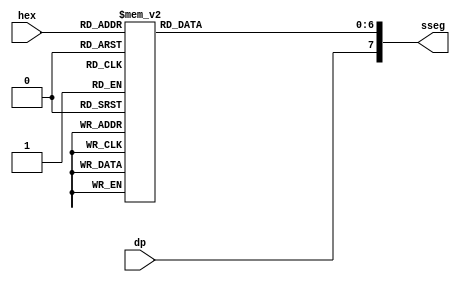
// Hexadecimal digit to seven-segment display LED decoder

module hex_to_sseg
    (
    input wire[3:0] hex,
    input wire      dp,
    output reg[7:0] sseg // ouput active low
    );

    always @*
    begin
        case(hex)
            4'h0: sseg[6:0] = 7'b0000001;
            4'h1: sseg[6:0] = 7'b1001111;
            4'h2: sseg[6:0] = 7'b0010010;
            4'h3: sseg[6:0] = 7'b0000110;
            4'h4: sseg[6:0] = 7'b1001100;
            4'h5: sseg[6:0] = 7'b0100100;
            4'h6: sseg[6:0] = 7'b0100000;
            4'h7: sseg[6:0] = 7'b0001111;
            4'h8: sseg[6:0] = 7'b0000000;
            4'h9: sseg[6:0] = 7'b0000100;
            4'ha: sseg[6:0] = 7'b0001000;
            4'hb: sseg[6:0] = 7'b1100000;
            4'hc: sseg[6:0] = 7'b0110001;
            4'hd: sseg[6:0] = 7'b1000010;
            4'he: sseg[6:0] = 7'b0110000;
            default: sseg[6:0] = 7'b0111000;  // 4'hf
        endcase
        sseg[7] = dp;
    end

endmodule